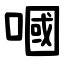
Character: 嘓